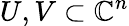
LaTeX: U,V\subset\mathbb{C}^{n}